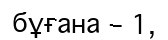
бұғана – 1,